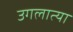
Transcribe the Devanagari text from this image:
उगलात्या